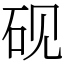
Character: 砚